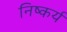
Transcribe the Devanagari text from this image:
निष्कर्य